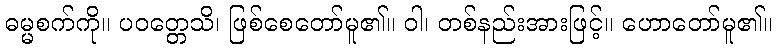
ဓမ္မစက်ကို။ ပဝတ္တေသိ၊ ဖြစ်စေတော်မူ၏။ ဝါ၊ တစ်နည်းအားဖြင့်။ ဟောတော်မူ၏။